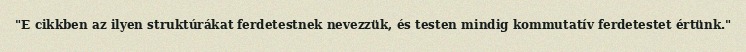
"E cikkben az ilyen struktúrákat ferdetestnek nevezzük, és testen mindig kommutatív ferdetestet értünk."